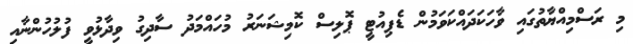
މި ރަސްމިއްޔާތުގައި ވާހަކަދައްކަވަމުން ޑެޕިއުޓީ ޕޮލިސް ކޮމިޝަނަރު މުހައްމަދު ސާދިގު ވިދާޅުވީ ފުލުހުންނާއި